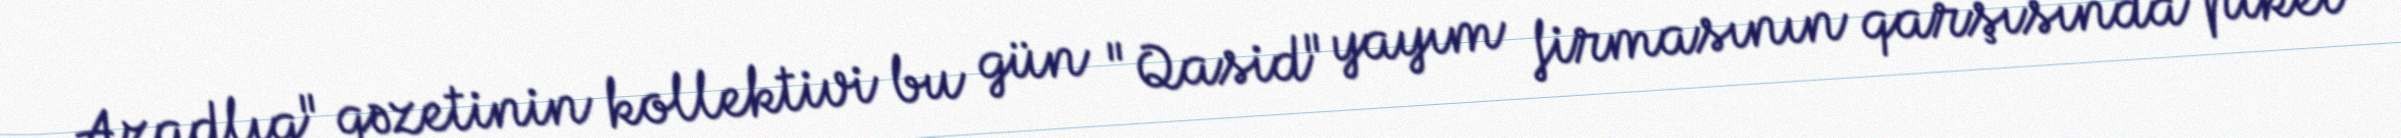
Azadlıq" qəzetinin kollektivi bu gün "Qasid" yayım firmasının qarşısında piket